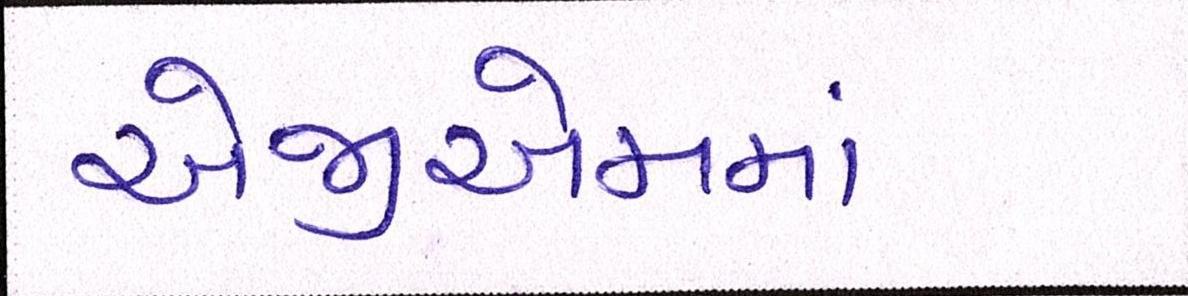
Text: એજીએમમાં